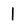
Character: 1